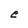
Character: e